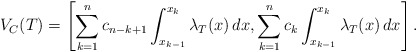
\begin{align*}V_C(T) = \left[ \sum^n_{k=1} c_{n-k+1} \int^{x_k}_{x_{k-1}} \lambda_T(x) \, dx, \sum^n_{k=1} c_{k} \int^{x_k}_{x_{k-1}} \lambda_T(x) \, dx \right].\end{align*}